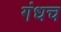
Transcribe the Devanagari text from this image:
गंधच